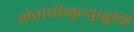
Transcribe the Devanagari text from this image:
संतांचीमृत्युभूमि